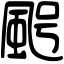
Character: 𩖸